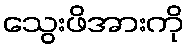
သွေးဖိအားကို